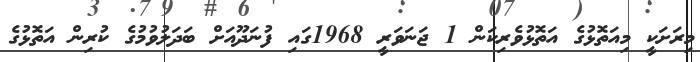
މިރަށަކީ މިއަތޮޅުގެ އަތޮޅުވެރިކަން 1 ޖަނަވަރީ 1968ގައި ފުނަދޫއަށް ބަދަލުވުމުގެ ކުރިން އަތޮޅުގެ